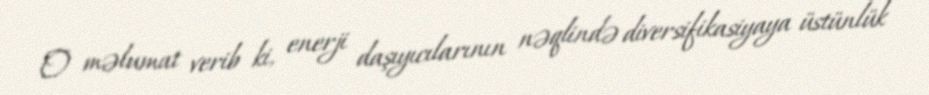
O məlumat verib ki, enerji daşıyıcılarının nəqlində diversifikasiyaya üstünlük